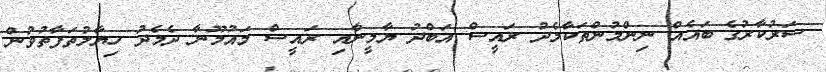
ސަރުކާރުގެ ބައެއް ނިންމުންތަކާމެދު ރައީސް އަބްދު ޔާމީނާއި ރައީސް މައުމޫނާ ދެމެދު ހިޔާލުތަފާތުވުން